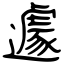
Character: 遽